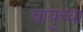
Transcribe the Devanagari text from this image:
वायुच्या